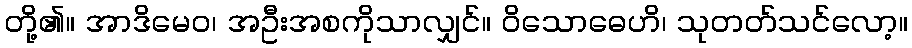
တို့၏။ အာဒိမေဝ၊ အဦးအစကိုသာလျှင်။ ဝိသောဓေဟိ၊ သုတတ်သင်လော့။